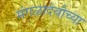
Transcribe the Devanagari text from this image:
मंगळादेवीच्या